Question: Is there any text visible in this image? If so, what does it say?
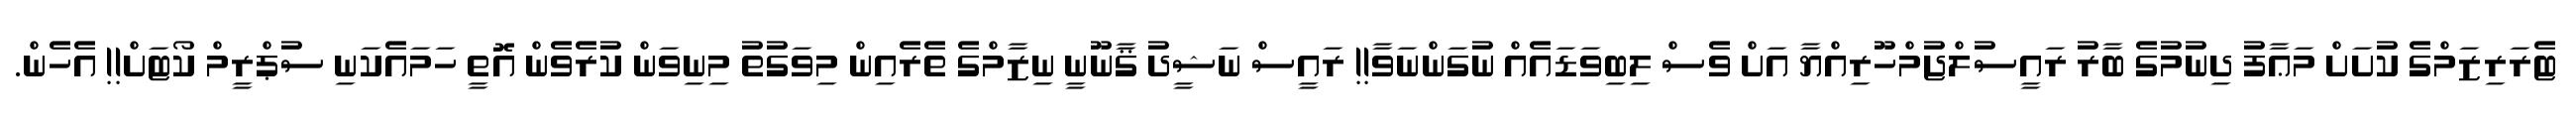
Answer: ޓެރަރިޒަމްގެ ކުށަށް މަޢާފު ދިނުމުގެ ބާރު ރައީސުލްޖުމްހޫރިއްޔާ އަށް ވެސް ލިބިވަޑައެއް ނުގަންނަވާ!! ރައީސް ނަޝީދު ޤާނޫނީ ނިޒާމްގެ ތެރެއިން މިވަގުތު މިނިވަން ކުރެވެން އޮތީ ހަމައެކަނި ސުޕްރީމް ކޯޓަށް!! އެހެން.